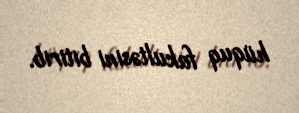
hüquq fakultəsini bitirib.